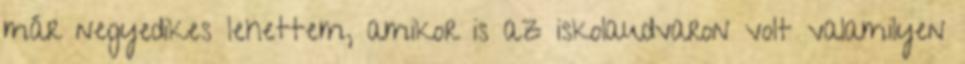
már negyedikes lehettem, amikor is az iskolaudvaron volt valamilyen